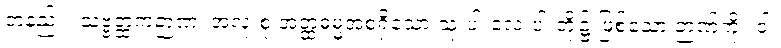
တနည်း။ သဗ္ဗတ္ထကဉာဏံ၊ အလုံးစုံ အတ္ထဓမ္မအစရှိသော သုံးပါးလေးပါးတို့၌ ဖြစ်သော ဉာဏ်ကို။ ဝါ၊